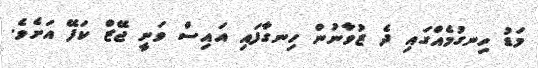
މަޑު ހިނގުމެއްގައި ދެ ޒުވާނުން ހިނގާފައި އައިސް ވަނީ ޖޭޒް ކަފޭ އަށެވެ.